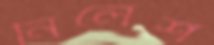
নিলেশ